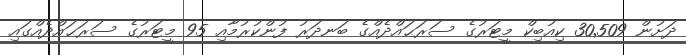
ދަށުން 30